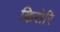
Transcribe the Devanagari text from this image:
किरोरि